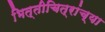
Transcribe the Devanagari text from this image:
भित्तीचित्रांच्या